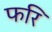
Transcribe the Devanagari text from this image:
फरि